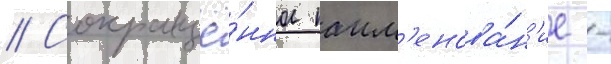
// Сокращё́нное наим'енова́н'ие -